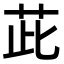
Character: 茈